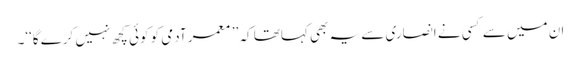
ان میں سے کسی نے انصاری سے یہ بھی کہاتھا کہ ’’ معمر آدمی کو کوئی کچھ نہیں کرے گا‘‘۔